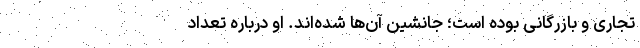
تجاری و بازرگانی بوده است؛ جانشین آن‌ها شده‌اند. او درباره تعداد